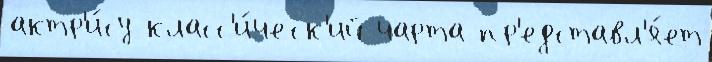
актр'и́су класс'и́ческ'ий чарта пр'едставл'я́ет